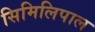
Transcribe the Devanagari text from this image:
सिमिलिपाल